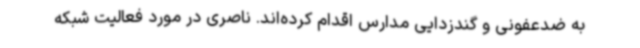
به ضدعفونی و گندزدایی مدارس اقدام کرده‌اند. ناصری در مورد فعالیت شبکه